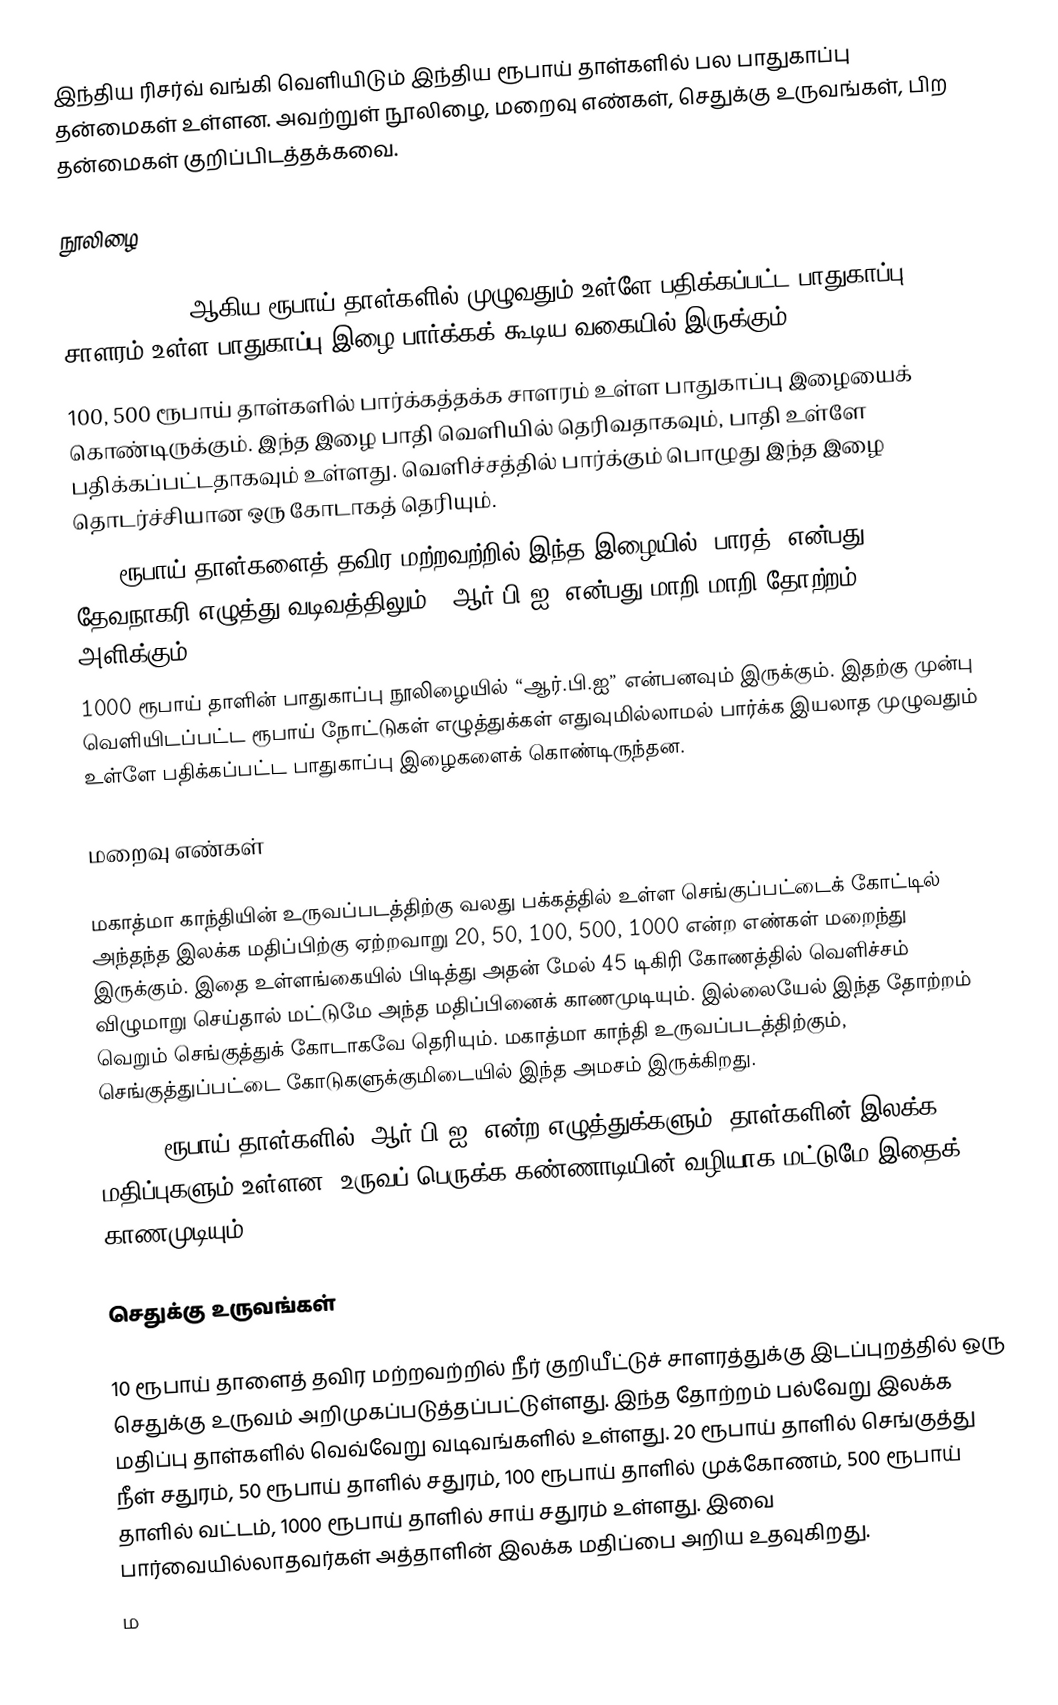
இந்திய ரிசர்வ் வங்கி  வெளியிடும் இந்திய ரூபாய் தாள்களில் பல பாதுகாப்பு தன்மைகள் உள்ளன. அவற்றுள் நூலிழை, மறைவு எண்கள், செதுக்கு உருவங்கள், பிற தன்மைகள் குறிப்பிடத்தக்கவை.

நூலிழை

  5, 10, 20, 50 ஆகிய ரூபாய் தாள்களில் முழுவதும் உள்ளே பதிக்கப்பட்ட பாதுகாப்பு சாளரம் உள்ள பாதுகாப்பு இழை பார்க்கக் கூடிய வகையில் இருக்கும்.
 100, 500 ரூபாய் தாள்களில் பார்க்கத்தக்க சாளரம் உள்ள பாதுகாப்பு இழையைக் கொண்டிருக்கும். இந்த இழை பாதி வெளியில் தெரிவதாகவும், பாதி உள்ளே பதிக்கப்பட்டதாகவும் உள்ளது. வெளிச்சத்தில் பார்க்கும் பொழுது இந்த இழை தொடர்ச்சியான ஒரு கோடாகத் தெரியும்.
 1000 ரூபாய் தாள்களைத் தவிர மற்றவற்றில் இந்த இழையில் “பாரத்” என்பது தேவநாகரி எழுத்து வடிவத்திலும், “ஆர்.பி.ஐ” என்பது மாறி மாறி தோற்றம் அளிக்கும்.
 1000 ரூபாய் தாளின் பாதுகாப்பு நூலிழையில் “ஆர்.பி.ஐ” என்பனவும் இருக்கும். இதற்கு முன்பு வெளியிடப்பட்ட ரூபாய் நோட்டுகள் எழுத்துக்கள் எதுவுமில்லாமல் பார்க்க இயலாத முழுவதும் உள்ளே பதிக்கப்பட்ட பாதுகாப்பு இழைகளைக் கொண்டிருந்தன.

மறைவு எண்கள்

 மகாத்மா காந்தியின் உருவப்படத்திற்கு வலது பக்கத்தில் உள்ள செங்குப்பட்டைக் கோட்டில் அந்தந்த இலக்க மதிப்பிற்கு ஏற்றவாறு 20, 50, 100, 500, 1000 என்ற எண்கள் மறைந்து இருக்கும். இதை உள்ளங்கையில் பிடித்து அதன் மேல் 45 டிகிரி கோணத்தில் வெளிச்சம் விழுமாறு செய்தால் மட்டுமே அந்த மதிப்பினைக் காணமுடியும். இல்லையேல் இந்த தோற்றம் வெறும் செங்குத்துக் கோடாகவே தெரியும்.  மகாத்மா காந்தி உருவப்படத்திற்கும், செங்குத்துப்பட்டை கோடுகளுக்குமிடையில் இந்த அமசம் இருக்கிறது.
 10, 20 ரூபாய் தாள்களில் “ஆர்.பி.ஐ” என்ற எழுத்துக்களும், தாள்களின் இலக்க மதிப்புகளும் உள்ளன. உருவப் பெருக்க கண்ணாடியின் வழியாக மட்டுமே இதைக் காணமுடியும்.

செதுக்கு உருவங்கள்

 10 ரூபாய் தாளைத் தவிர மற்றவற்றில் நீர் குறியீட்டுச் சாளரத்துக்கு இடப்புறத்தில் ஒரு செதுக்கு உருவம் அறிமுகப்படுத்தப்பட்டுள்ளது. இந்த தோற்றம் பல்வேறு இலக்க மதிப்பு தாள்களில் வெவ்வேறு வடிவங்களில் உள்ளது. 20 ரூபாய் தாளில் செங்குத்து நீள் சதுரம், 50 ரூபாய் தாளில் சதுரம், 100 ரூபாய் தாளில் முக்கோணம், 500 ரூபாய் தாளில் வட்டம், 1000 ரூபாய் தாளில் சாய் சதுரம் உள்ளது. இவை பார்வையில்லாதவர்கள் அத்தாளின் இலக்க மதிப்பை அறிய உதவுகிறது.
 ம